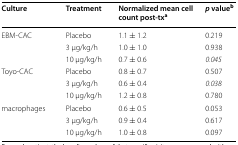
| Culture | Treatment | Normalized mean cell count post-txa | p valueb |
 | --- | --- | --- | --- |
 | <ROWSPAN=3> EBM-CAC | Placebo | 1.1 ± 1.2 | 0.219 |
 | 3 μg/kg/h | 1.0 ± 1.0 | 0.938 |
 | 10 μg/kg/h | 0.7 ± 0.6 | 0.045 |
 | <ROWSPAN=3> Toyo-CAC | Placebo | 0.8 ± 0.7 | 0.507 |
 | 3 μg/kg/h | 0.6 ± 0.4 | 0.038 |
 | 10 μg/kg/h | 1.2 ± 0.8 | 0.780 |
 | <ROWSPAN=3> macrophages | Placebo | 0.6 ± 0.5 | 0.053 |
 | 3 μg/kg/h | 0.9 ± 0.4 | 0.617 |
 | 10 μg/kg/h | 1.0 ± 0.8 | 0.097 |